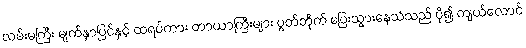
လမ်းမကြီး မျက်နှာပြင်နှင့် ထရပ်ကား တာယာကြီးများ ပွတ်တိုက် ပြေးသွားနေသံသည် ပို၍ ကျယ်လောင်